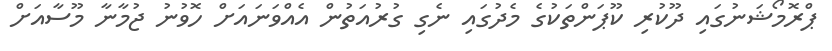
ޕްރޮމޯޝަނުގައި ދޫކުރި ކޫޕަންތަކުގެ މެދުގައި ނެގި ގުރުއަތުން އެއްވަނައަށް ހޮވުނު ޖުމާނާ މޫސާއަށް